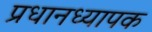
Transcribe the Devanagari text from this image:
प्रधानध्यापक